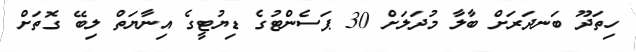
ހިތަދޫ ބަނދަރަށް ބާލާ މުދަލަށް 30 ޕަސެންޓުގެ ޑިޔުޓީގެ އިނާޔަތް ލިބޭ ގޮތަށް